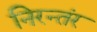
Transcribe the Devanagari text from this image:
निरन्तंर